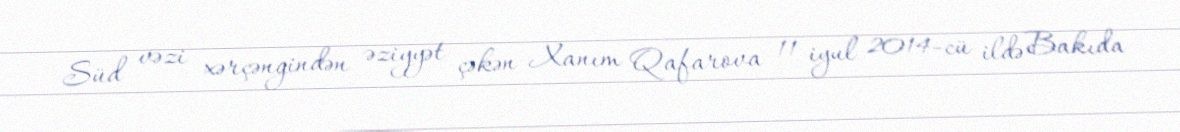
Süd vəzi xərçəngindən əziyyət çəkən Xanım Qafarova 11 iyul 2014-cü ildə Bakıda